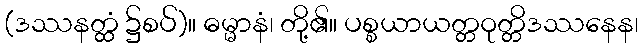
(ဒဿနတ္ထံ ၌စပ်)။ ဓမ္မာနံ၊ တို့၏။ ပစ္စယာယတ္တဝုတ္တိဒဿနေန၊